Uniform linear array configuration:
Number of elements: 64
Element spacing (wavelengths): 0.25
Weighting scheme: blackman
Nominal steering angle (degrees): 30
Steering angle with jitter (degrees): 29.35
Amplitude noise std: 0.05
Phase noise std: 0.05

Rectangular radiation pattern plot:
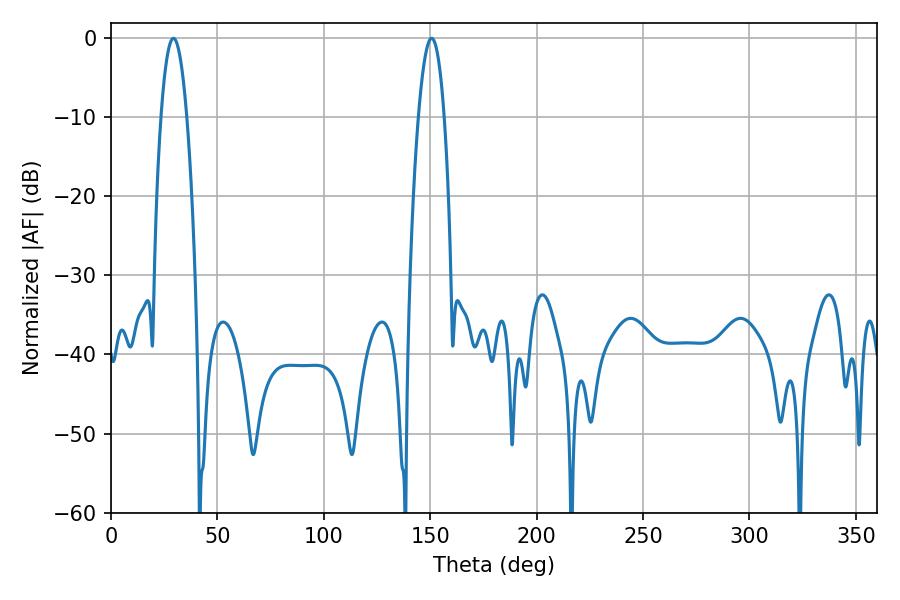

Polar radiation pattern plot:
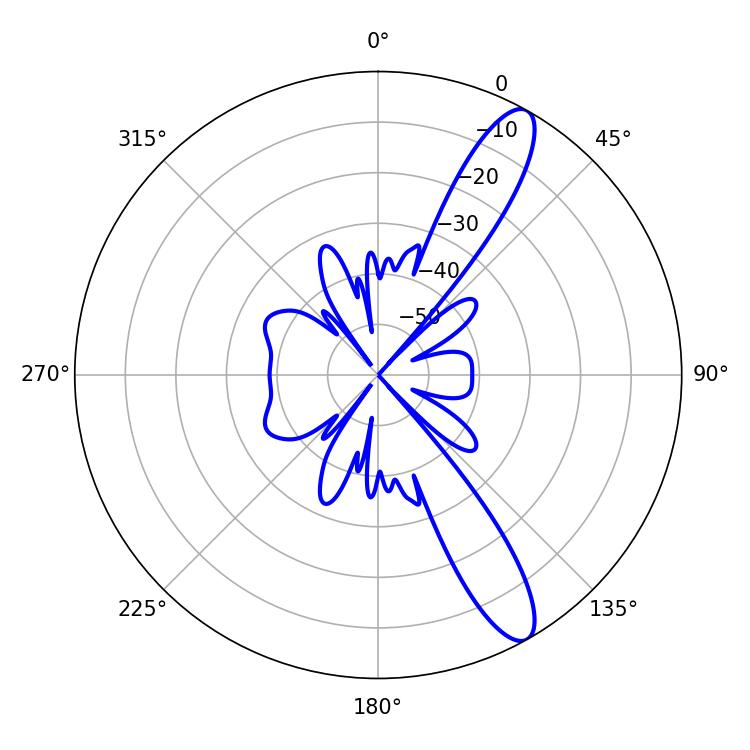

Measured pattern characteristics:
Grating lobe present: FALSE
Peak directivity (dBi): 12.105
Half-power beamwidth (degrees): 6.66
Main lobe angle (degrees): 29.34